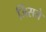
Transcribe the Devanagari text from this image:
जिंसने